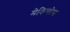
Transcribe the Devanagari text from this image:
मेकिन्तोस